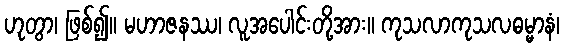
ဟုတွာ၊ ဖြစ်၍။ မဟာဇနဿ၊ လူအပေါင်းတို့အား။ ကုသလာကုသလဓမ္မာနံ၊